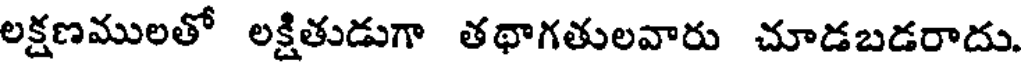
లక్షణములతో లక్షితుడుగా తథాగతులవారు చూడబడరాదు.